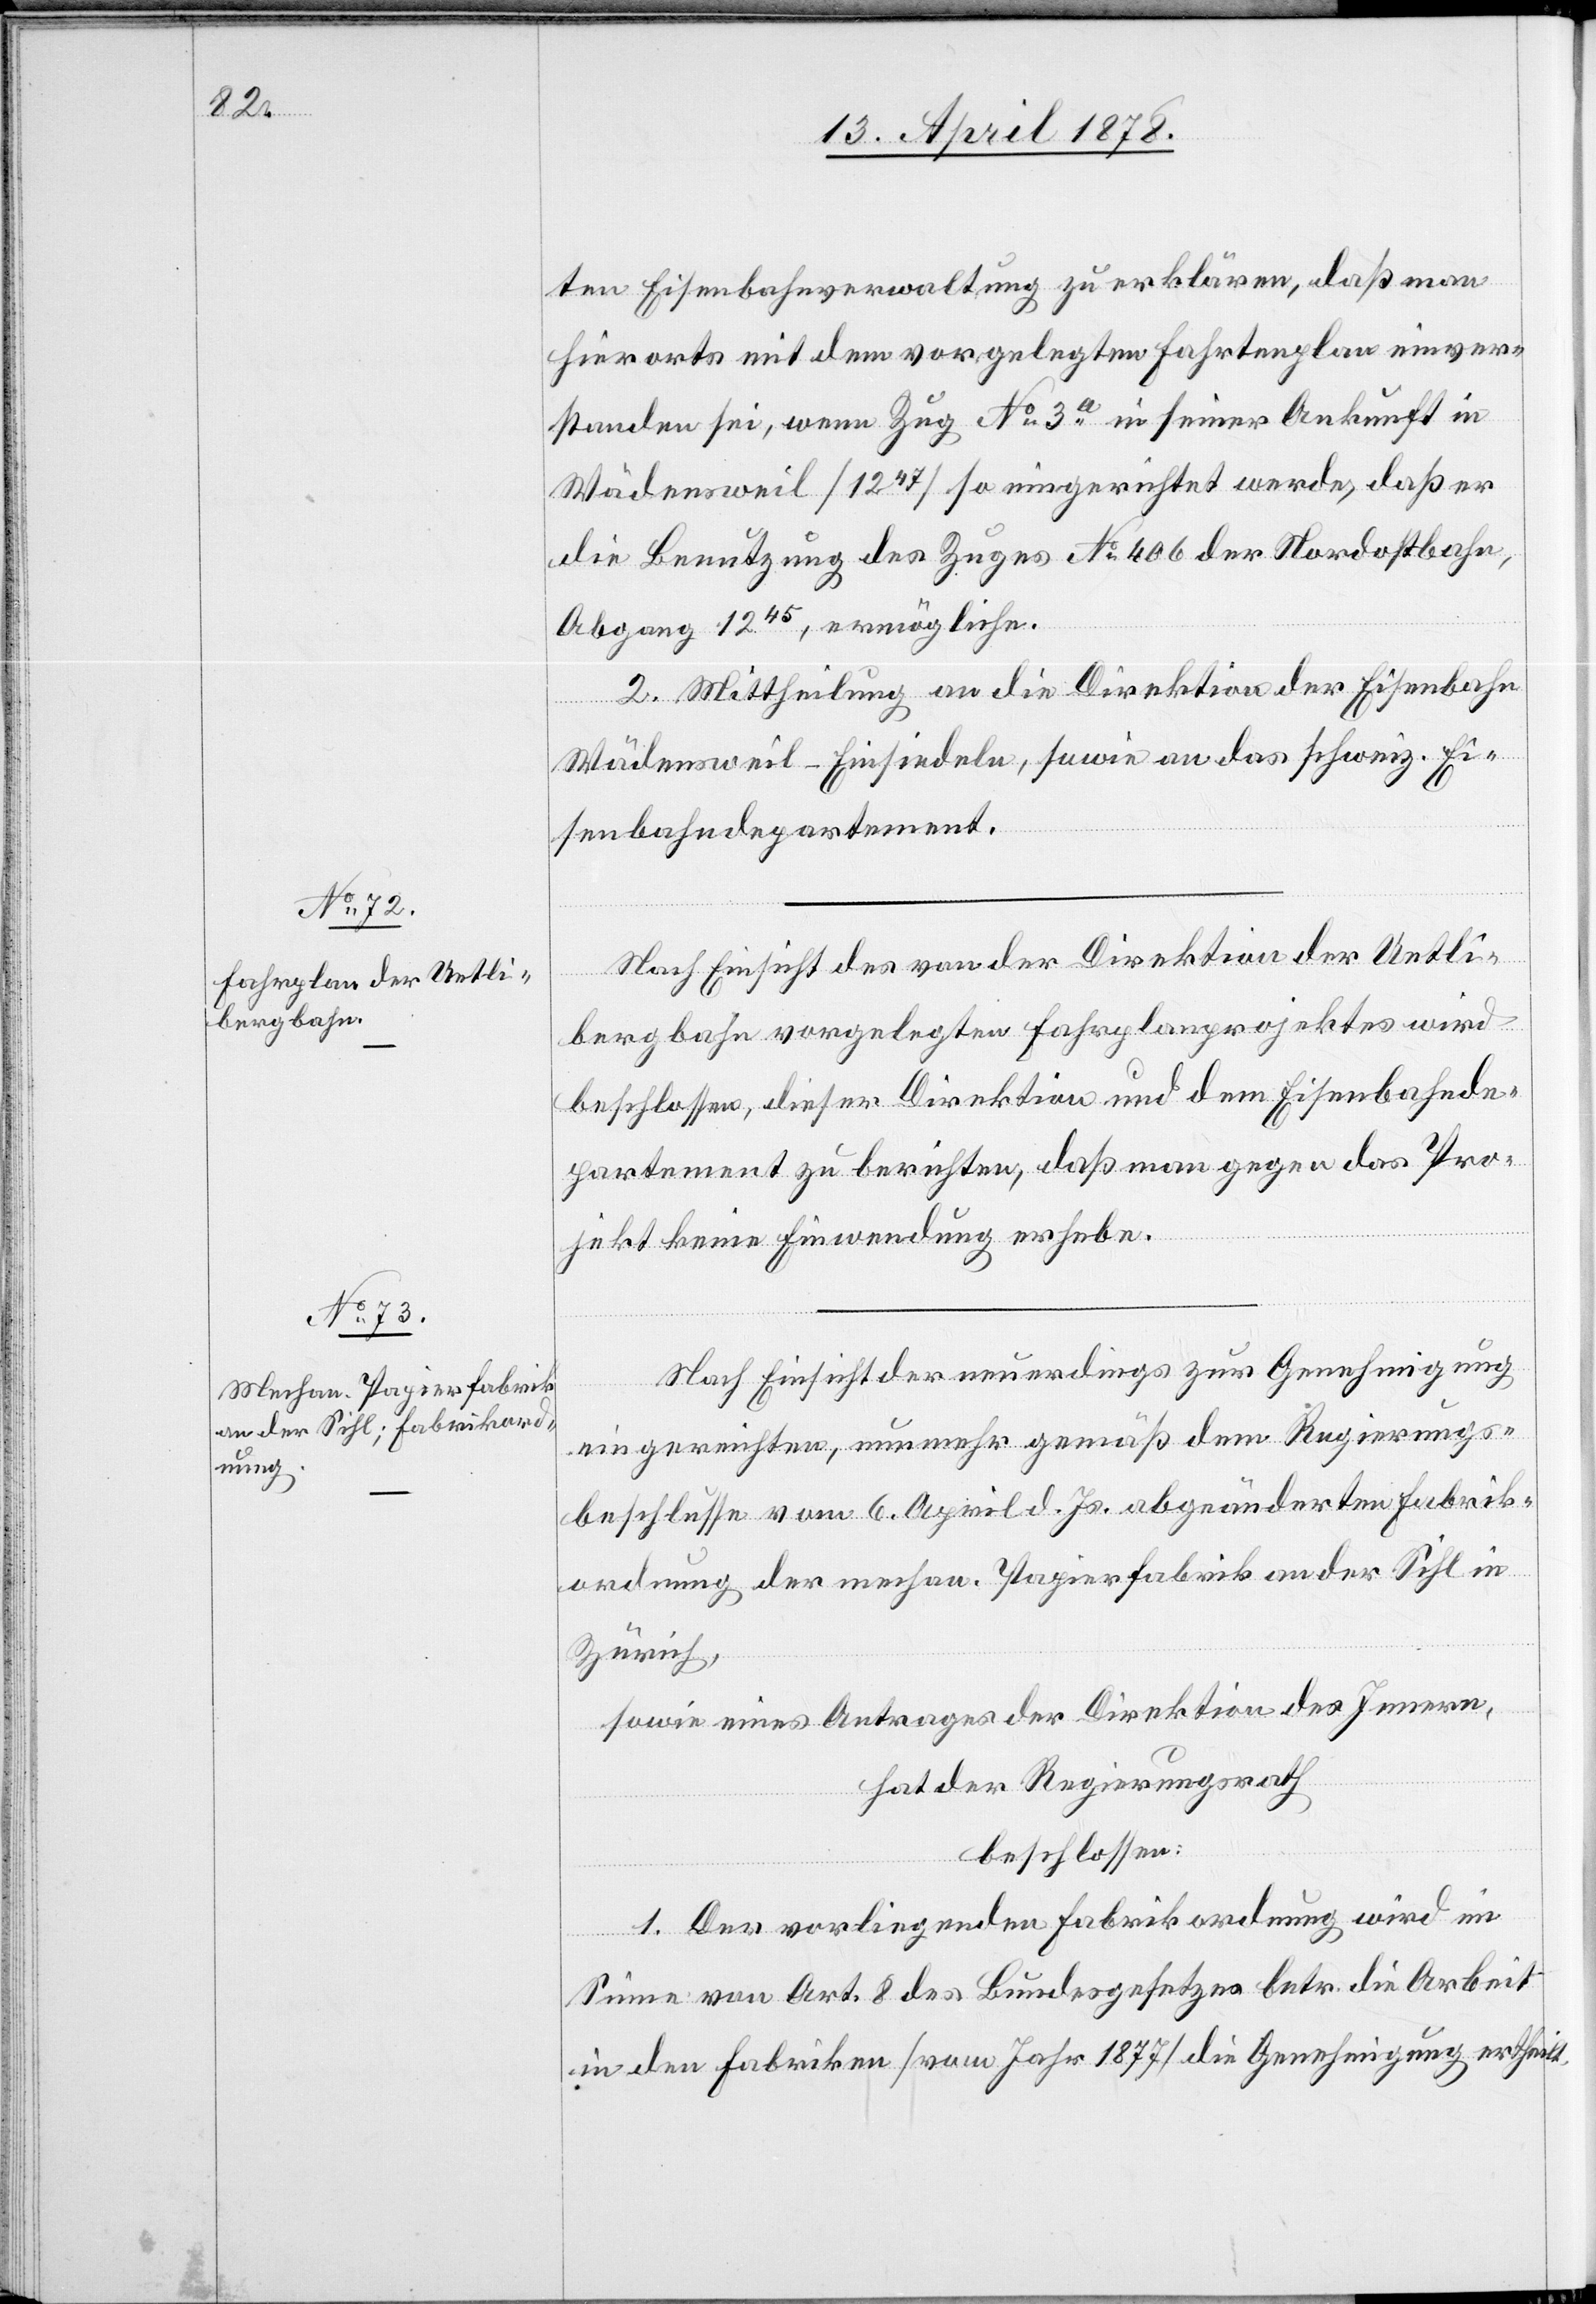
Direktion der Uetli¬

ten Eisenbahnverwaltung zu erklären, daß man
hierorts mit dem vorgelegten Fahrtenplan einver¬
standen sei, wenn Zug No 3a in seiner Ankunft in
Wädensweil (1247) so eingerichtet werde, daß er
die Benutzung des Zuges No 406 der Nordostbahn,
Abgang 1245, ermögliche.
2. Mittheilung an die Direktion der Eisenbahn
Wädensweil–Einsiedeln, sowie an das schweiz. Ei¬
senbahndepartement.
bergbahn vorgelegten Fahrplanprojektes wird
beschlossen, dieser Direktion und dem Eisenbahnde¬
partement zu berichten, daß man gegen das Pro¬
jekt keine Einwendung erhebe.
Nach Einsicht der neuerdings zur Genehmigung
eingereichten, nunmehr gemäß dem Regierungs¬
beschlusse vom 6. April d. Js. abgeänderten Fabrik¬
ordnung der mechan. Papierfabrik an der Sihl in
Zürich,
sowie eines Antrages der Direktion des Innern,
hat der Regierungsrath
beschlossen:
1. Der vorliegenden Fabrikordnung wird im
Sinne von Art. 8 des Bundesgesetzes betr. die Arbeit
in den Fabriken (vom Jahr 1877) die Genehmigung ertheilt.